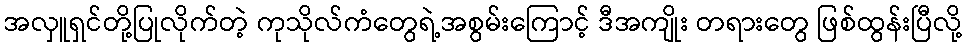
အလှူရှင်တို့ပြုလိုက်တဲ့ ကုသိုလ်ကံတွေရဲ့အစွမ်းကြောင့် ဒီအကျိုး တရားတွေ ဖြစ်ထွန်းပြီလို့